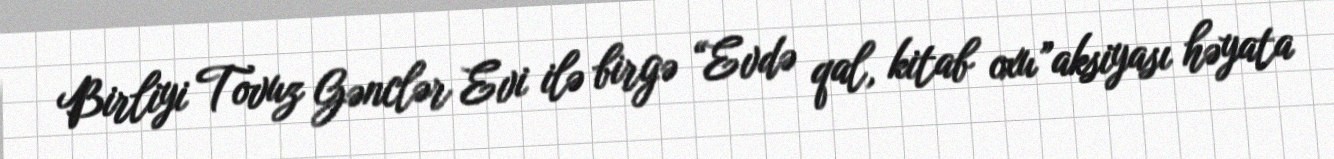
Birliyi Tovuz Gənclər Evi ilə birgə “Evdə qal, kitab oxu”aksiyası həyata